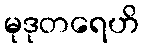
မုဒုတရေဟိ